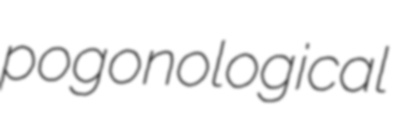
pogonological